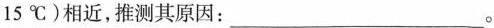
15℃)相近，推测其原因：___。